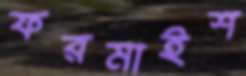
ফরমাইশ